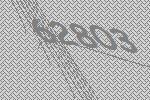
62803